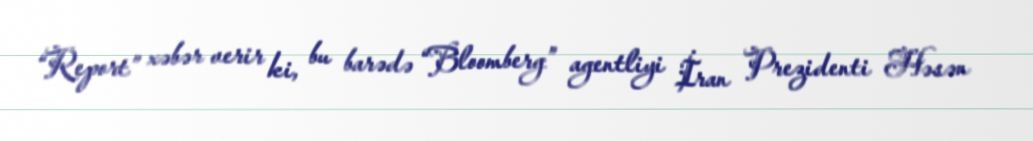
“Report” xəbər verir ki, bu barədə “Bloomberg” agentliyi İran Prezidenti Həsən